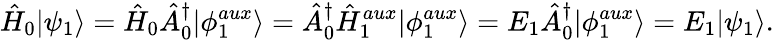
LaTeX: \hat{H}_{0}|\psi_{1}\rangle=\hat{H}_{0}\hat{A}_{0}^{\dagger}|\phi_{1}^{aux}\rangle=\hat{A}_{0}^{\dagger}\hat{H}_{1}^{aux}|\phi_{1}^{aux}\rangle=E_{1}\hat{A}_{0}^{\dagger}|\phi_{1}^{aux}\rangle=E_{1}|\psi_{1}\rangle.